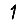
Digit: 1